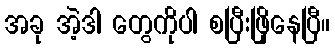
အခု အဲ့ဒါ တွေကိုပါ စပြီးဖြိုနေပြီ။